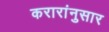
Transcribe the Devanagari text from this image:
करारांनुसार